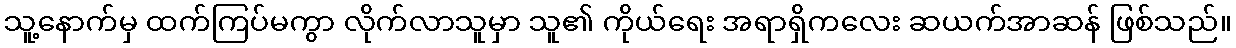
သူ့နောက်မှ ထက်ကြပ်မကွာ လိုက်လာသူမှာ သူ၏ ကိုယ်ရေး အရာရှိကလေး ဆယက်အာဆန် ဖြစ်သည်။